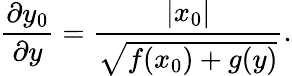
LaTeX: \frac{\partial y_{0}}{\partial y}=\frac{\left|x_{0}\right|}{\sqrt{f(x_{0})+g(y)}}.